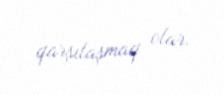
qarşılaşmaq olar.